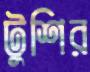
টুশির